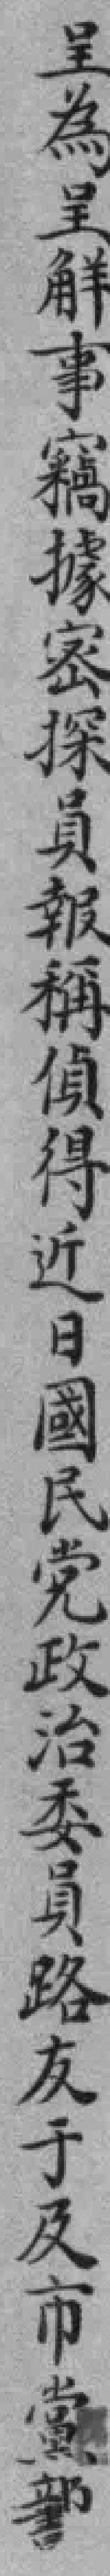
呈為呈觧事竊據密探員報稱偵得近日國民党政治委員路友于及市黨*